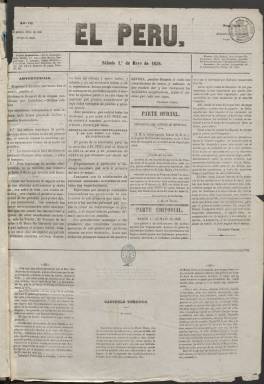
Título: El Perú (Madrid. 1856)
Colección: Periódicos
Ámbito geográfico: Madrid
Lugar de publicación: Madrid
Fechas: 01/05/1858-05/11/1858